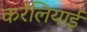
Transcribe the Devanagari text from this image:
करेलियाई